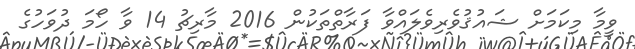
ވީމާ މިކަމަށް ޝައުޤުވެރިވެލައްވާ ފަރާތްތަކުން 2016 މާރިޗު 14 ވާ ހޯމަ ދުވަހުގެ